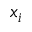
x _ { i }